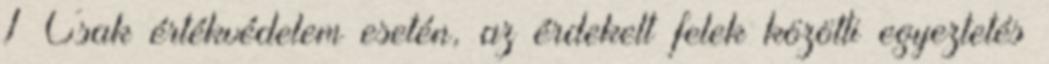
1 Csak értékvédelem esetén, az érdekelt felek közötti egyeztetés